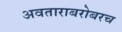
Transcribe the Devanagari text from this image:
अवताराबरोबरच